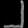
Digit: ၂